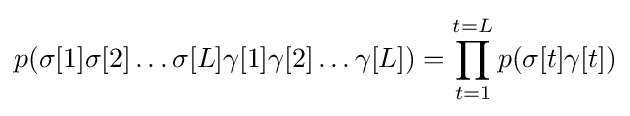
p(\sigma [1]\sigma [2]\ldots \sigma [L]\gamma [1]\gamma [2]\ldots \gamma [L])=\prod _{t=1}^{t=L}p(\sigma [t]\gamma [t])